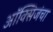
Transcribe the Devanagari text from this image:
ऑक्सिजंचा